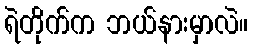
ရဲတိုက်က ဘယ်နားမှာလဲ။